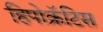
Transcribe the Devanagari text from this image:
हिपोक्रॅटिस